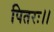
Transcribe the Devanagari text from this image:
पितरः।।